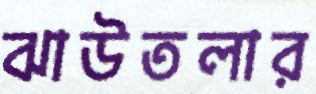
ঝাউতলার